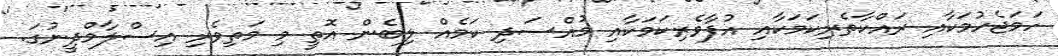
ހަމަޖެހުމަކާއި ރައްކާތެރިކަމަކާއި އުފާވެރިކަމަކާއި މުއްސަދި ކަމެއް ލިބެން އޮތީ މި މަތިވެރި އިސްލާމްދީނުގަ.